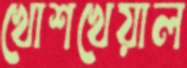
খোশখেয়াল